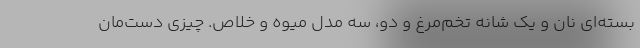
بسته‌اي نان و يك شانه تخم‌مرغ و دو، سه مدل ميوه و خلاص. چيزي دست‌مان